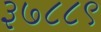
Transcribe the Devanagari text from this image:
३७८८९